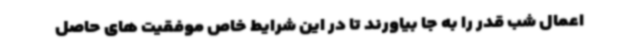
اعمال شب قدر را به جا بیاورند تا در این شرایط خاص موفقیت های حاصل